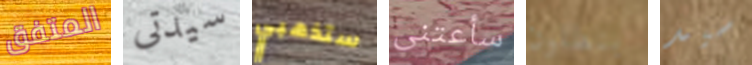
المتفق سيدتى ستذهبي سأعتنى بنطلون سيد